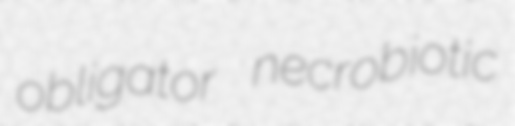
obligator necrobiotic